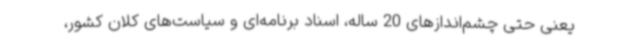
یعنی حتی چشم‌اندازهای 20 ساله، اسناد برنامه‌ای و سیاست‌های کلان کشور،